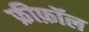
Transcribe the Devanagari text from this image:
फ्रीफ़ॉल